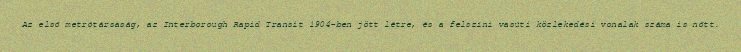
Az első metrótársaság, az Interborough Rapid Transit 1904-ben jött létre, és a felszíni vasúti közlekedési vonalak száma is nőtt.